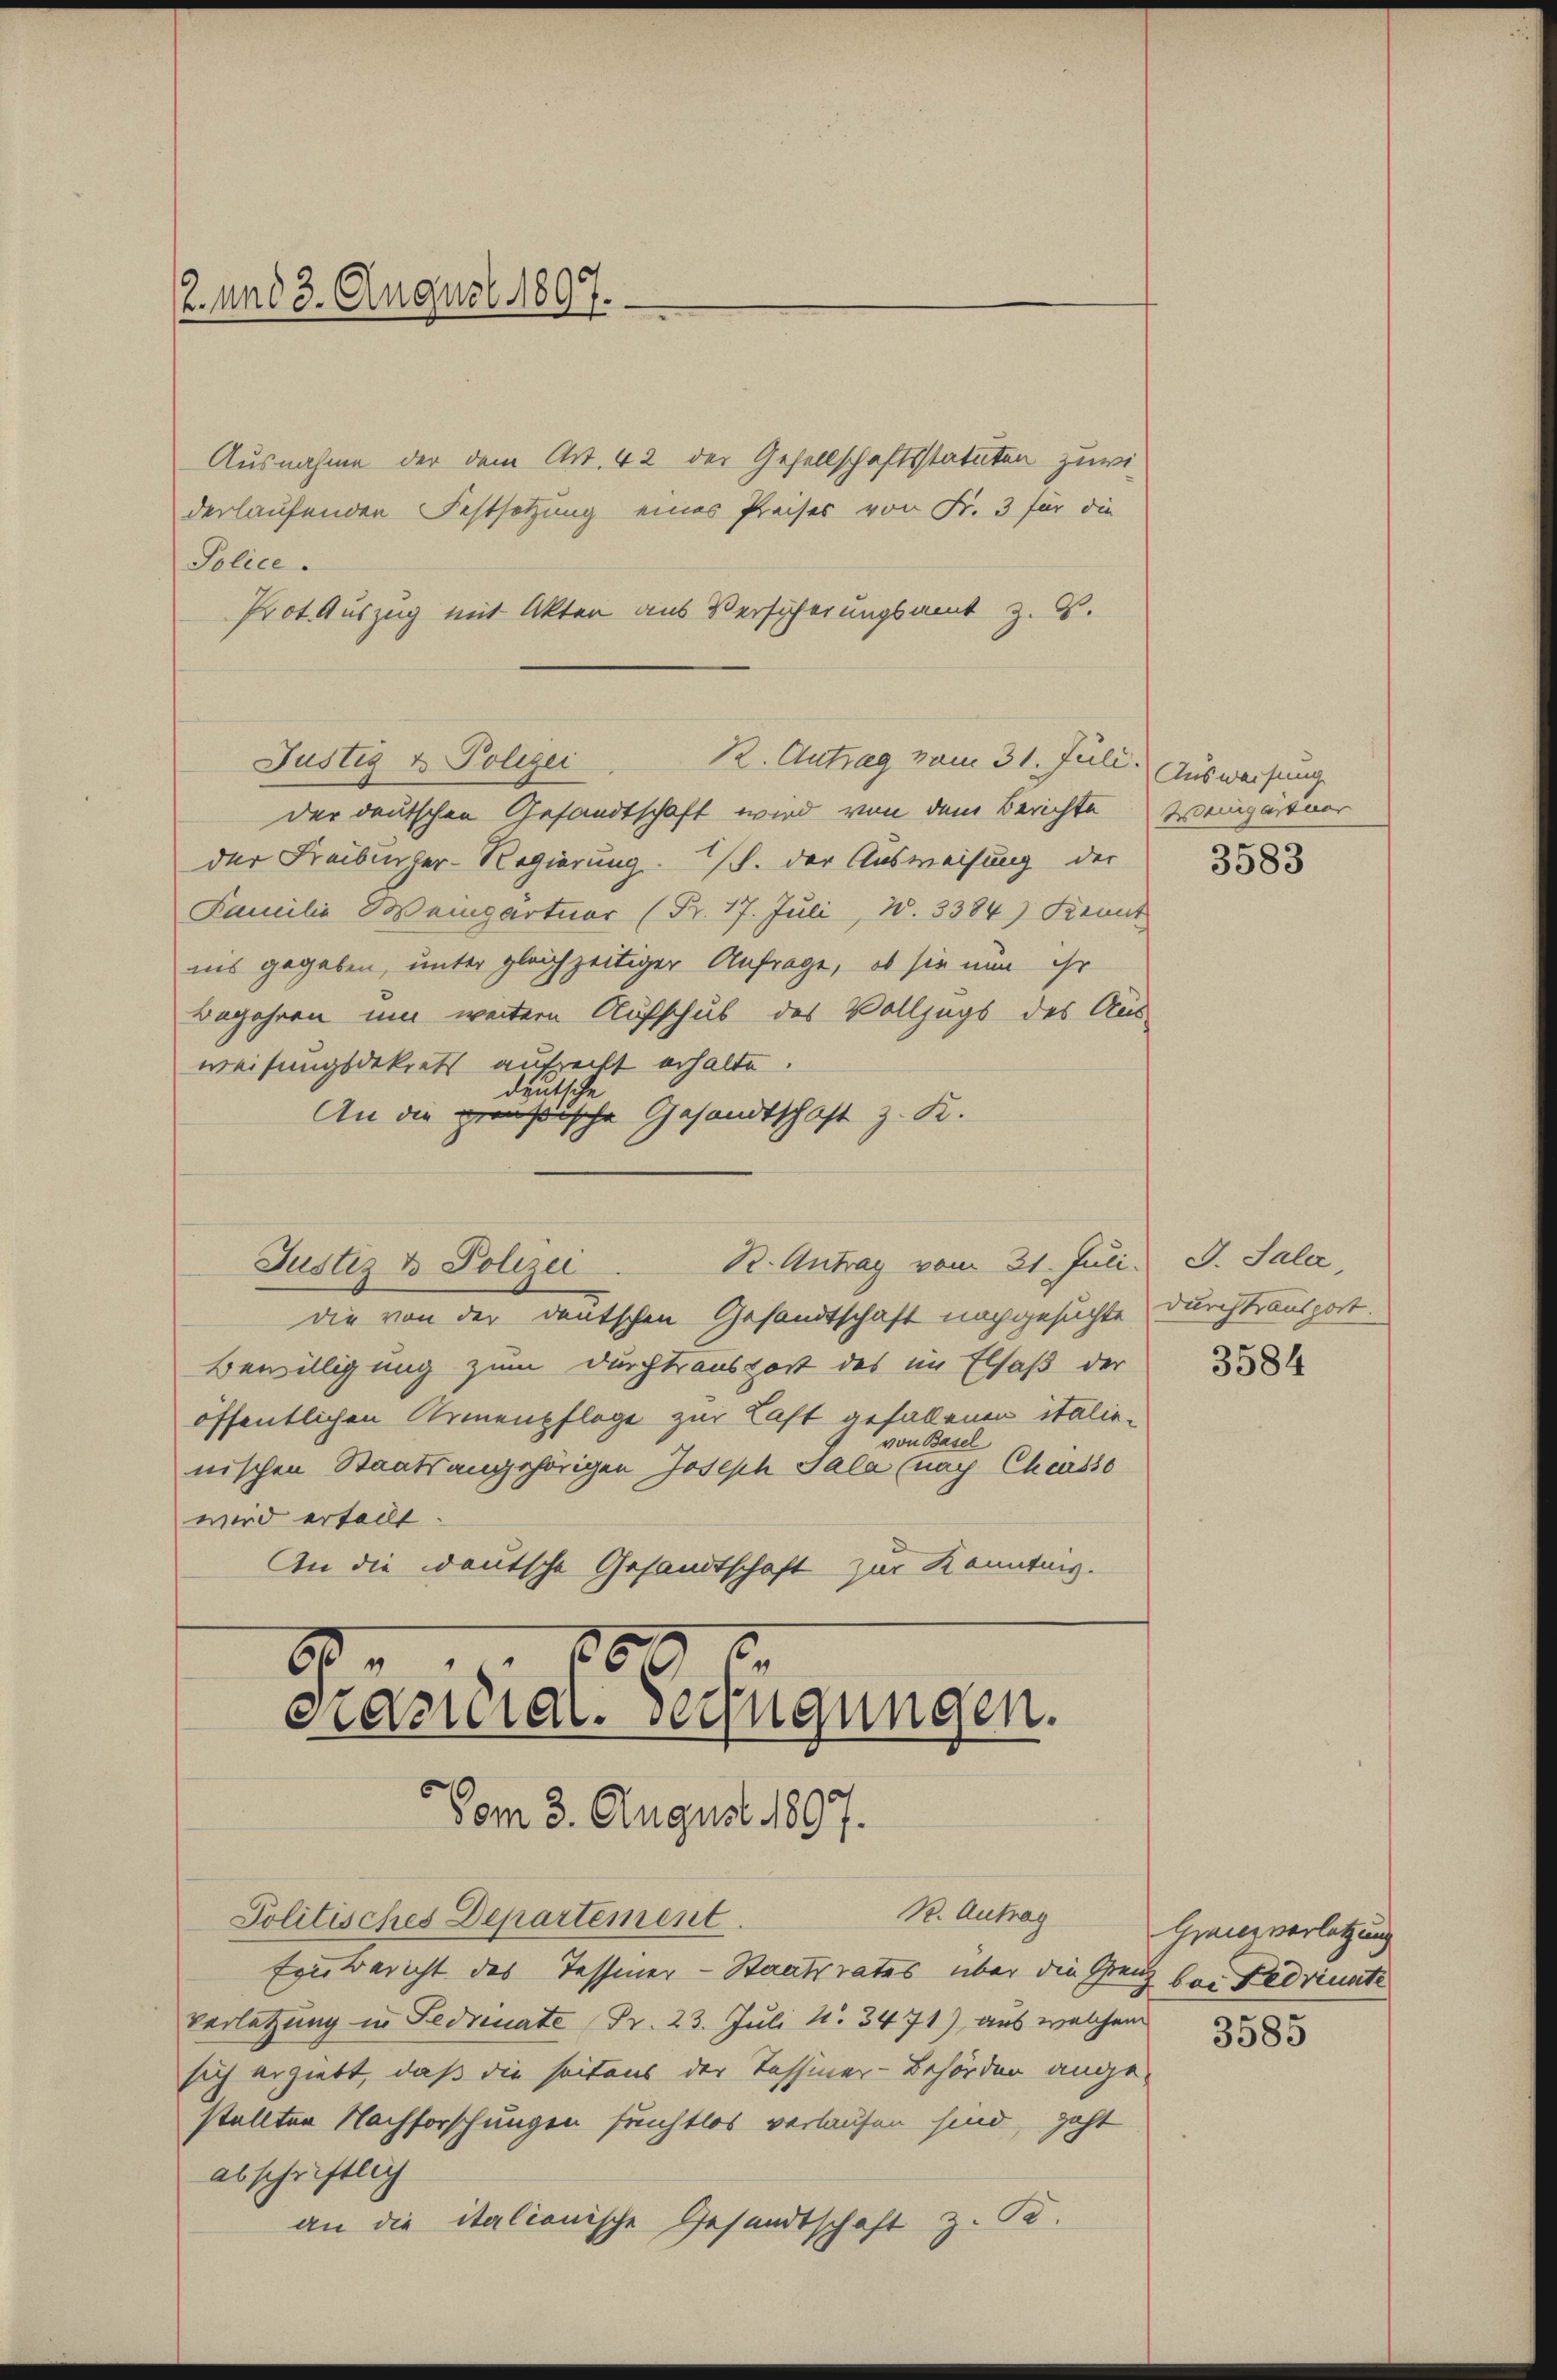
2. und 3. August 1897.

Ausnahme der dem Art. 42 der Gesellschaftsstatuten zuwi
derlaufenden Festsetzung eines Preises von Fr. 3 für die
Police.
Prot. Auszug mit Akten aus Versicherungsamt z. B.

Justiz & Polizei
22. Antrag vom 31. Juli. Ausweisung

Justiz & Polizei.

der deutschen Gesandtschaft wird von dem Berichte eingärtner
der Freiburger-Regierung. (S. der Ausweisung der
Familie Weigartuor (Pr. 17. Juli, W. 3384) Kennt
ins gegeben, unter gleichzeitiger Anfrage, ob sie nun ihr
Begehren um weitere Aufschub des Vollzugs des Aus-
weisungsdekrets aufzeiht erhalte.
deutsche
An die preußische Gesandtschaft z. K.
die von der deutschen Gesandtschaft nachgesuchte Durchtransport.
Bewilligung zum Durchtransport des im Elsaß der
öffentlichen Armenpflege zur Last gefallenen italievon Basel
nischen Staatsangehörigen Joseph Sala (nach Cheusso
wird ertellt
An die deutsche Gesandtschaft zur Kenntnis.
2
189
60
carial verfügungen.
Vom 3. August 1897.
R. Antrag
Politisches Departement.
Ein Bericht des Tessiner-Staatsrates über die Grenz bei Fedriunte
verletzung in Fednuate (Pr. 23. Juli N. 3471) aus welchem
sich ergiebt, daß die seitens der Tessiner-Behörden ange-
stellten Nachforschungen funhtlos verlaufen sind, geht
abschriftlich
an die italionische Gesandtschaft z. B.

R. Antrag vom 31. Juli.

3583

G. Sala,

3584

Gries verletzung

3585